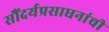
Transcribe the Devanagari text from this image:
सौंदर्यप्रसाधनांची